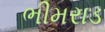
ભીમરાડ